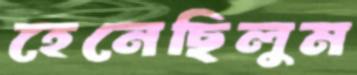
হেনেছিলুম